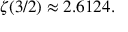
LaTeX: \, \zeta ( 3 / 2 ) \approx 2 . 6 1 2 4 .